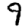
Digit: 9